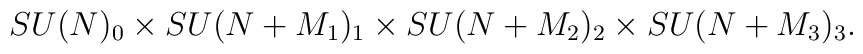
SU(N)_0\times SU(N+M_1)_1\times SU(N+M_2)_2\times SU(N+M_3)_3.